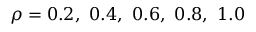
\rho = 0 . 2 , ~ 0 . 4 , ~ 0 . 6 , ~ 0 . 8 , ~ 1 . 0